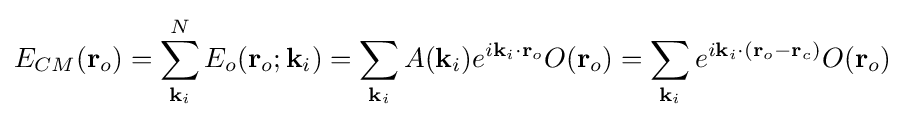
E_{CM}(\mathbf {r} _{o})=\sum _{\mathbf {k} _{i}}^{N}E_{o}(\mathbf {r} _{o};\mathbf {k} _{i})=\sum _{\mathbf {k} _{i}}A(\mathbf {k} _{i})e^{i\mathbf {k} _{i}\cdot \mathbf {r} _{o}}O(\mathbf {r} _{o})=\sum _{\mathbf {k} _{i}}e^{i\mathbf {k} _{i}\cdot (\mathbf {r} _{o}-\mathbf {r} _{c})}O(\mathbf {r} _{o})